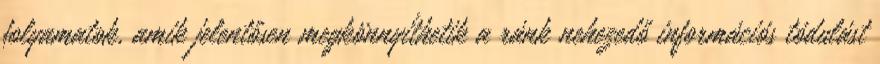
folyamatok, amik jelentősen megkönnyíthetik a ránk nehezedő információs tódulást